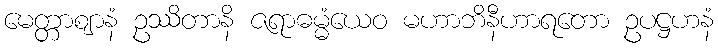
မေတ္တာဈာနံ ဥဿိတာနိ ဇရာဓမ္မံယေဝ မဟာဘိနီဟာရတော ဥပဋ္ဌဟနံ